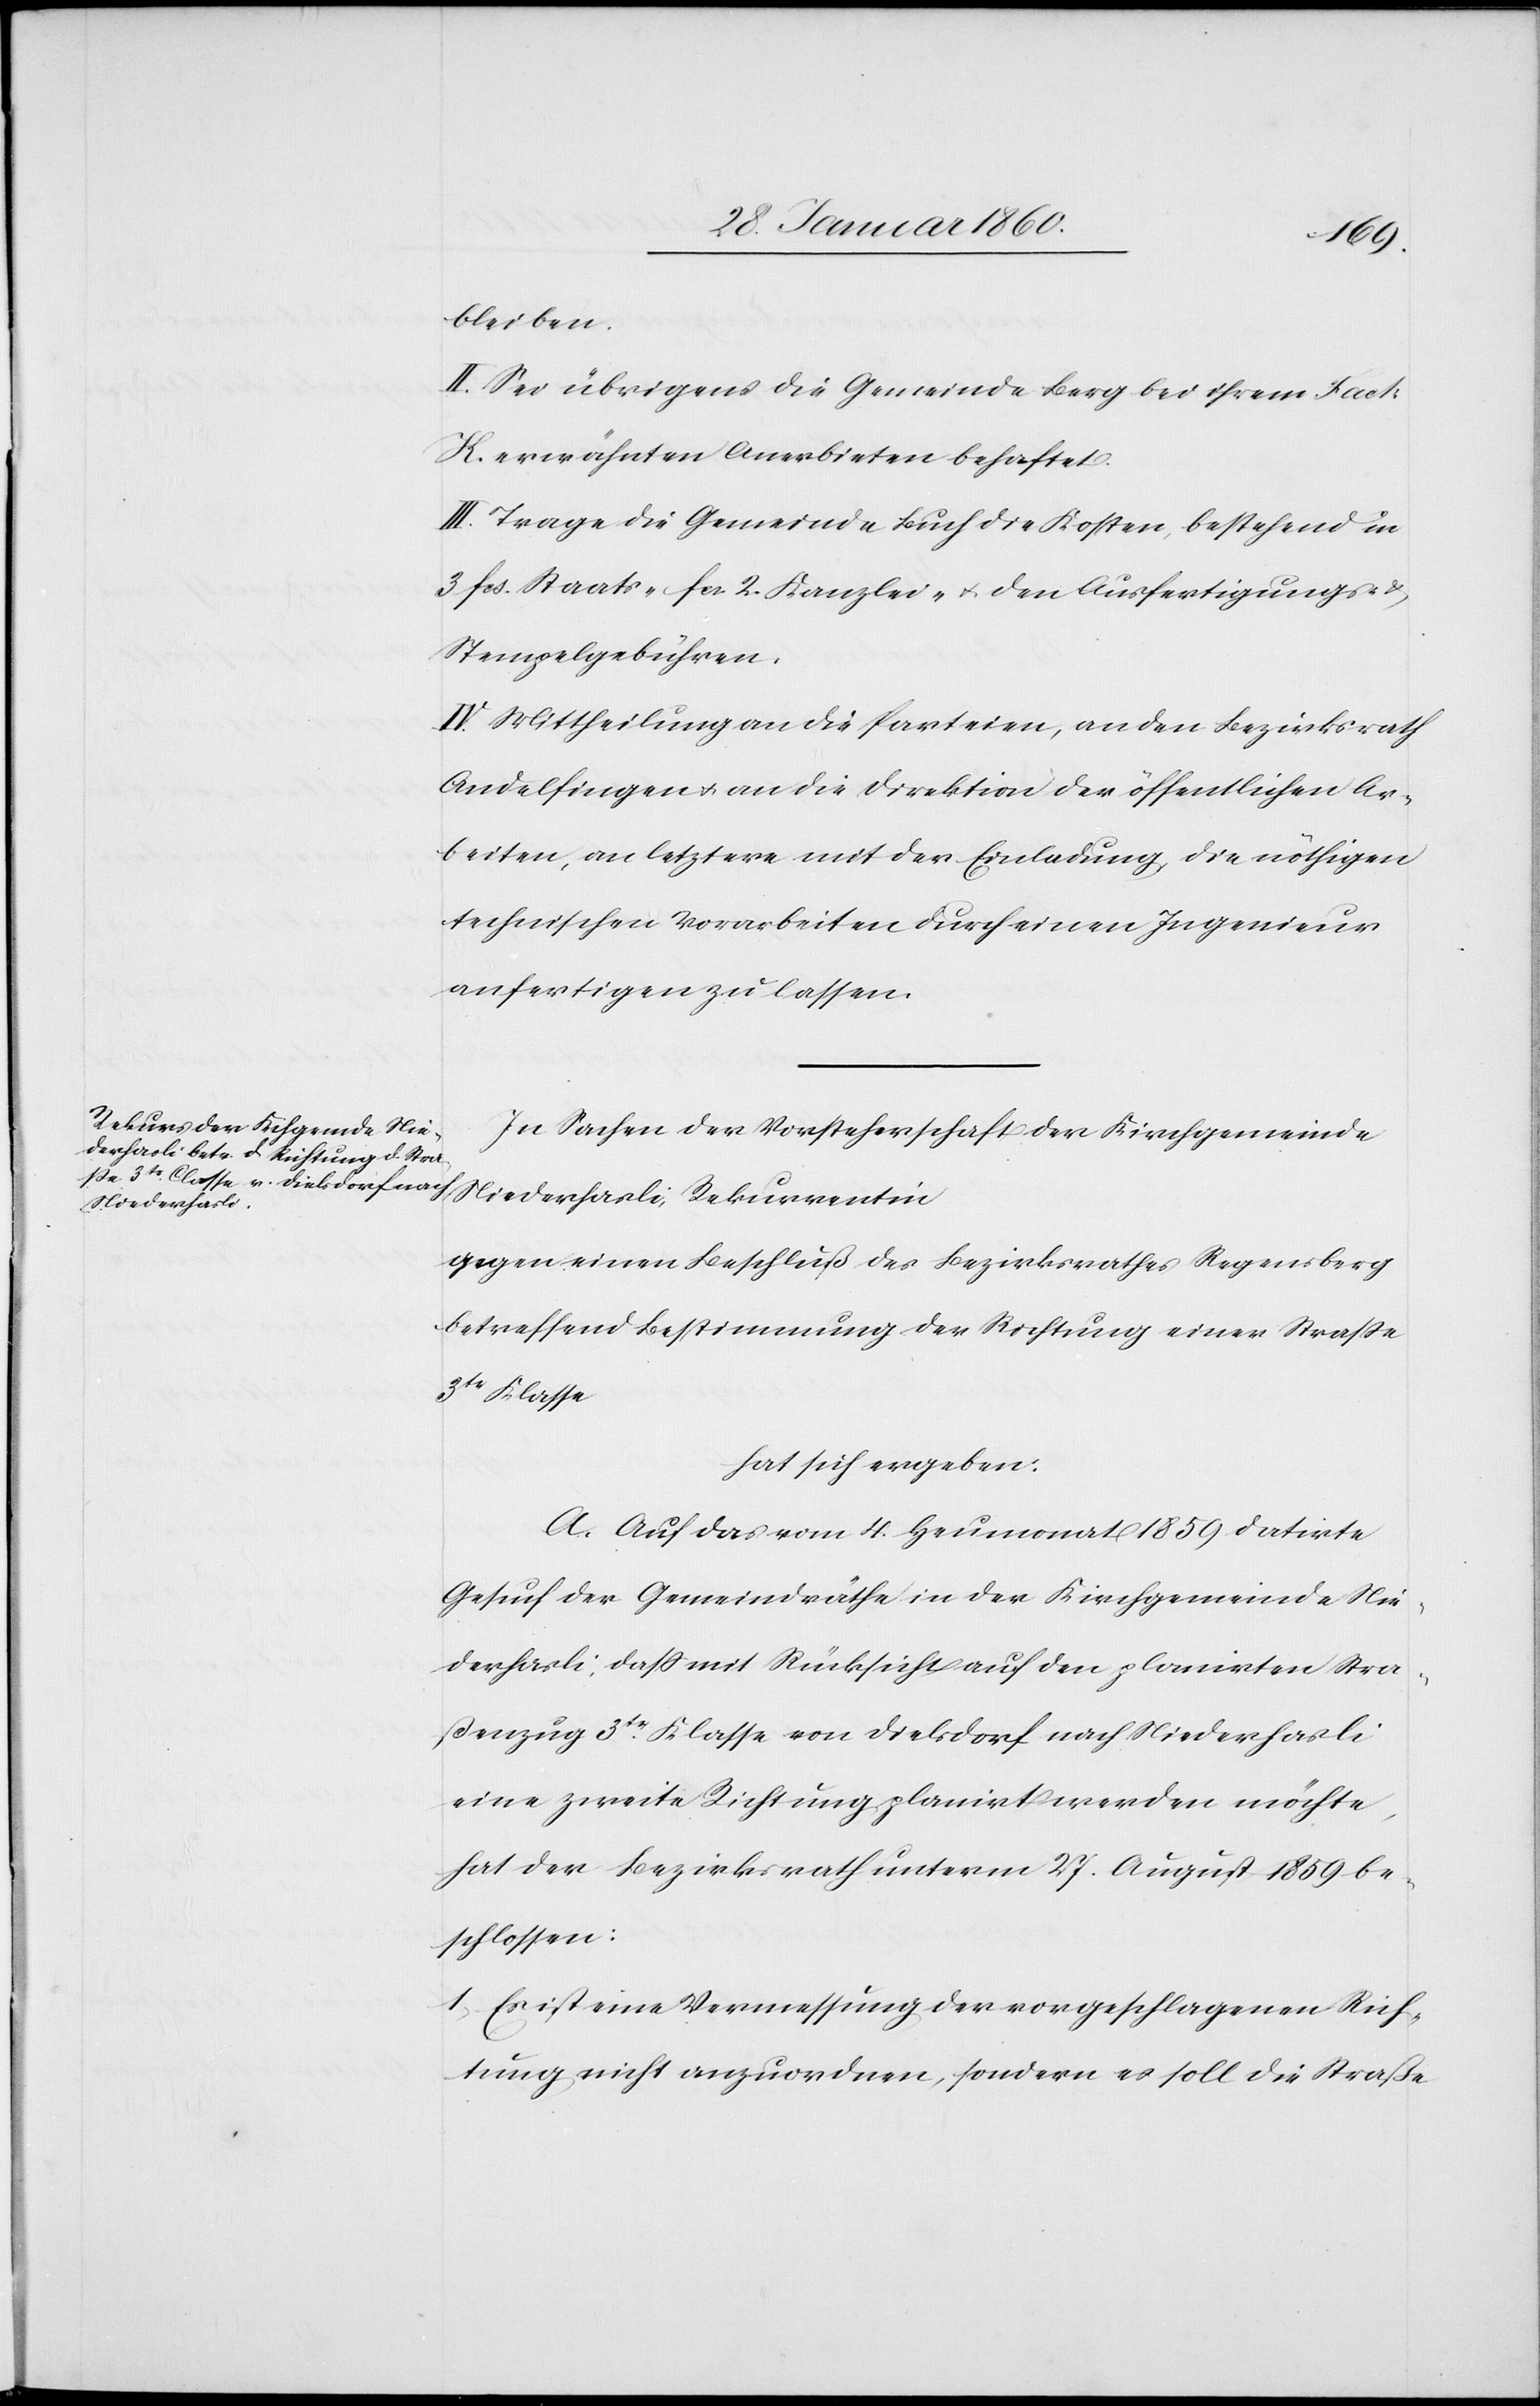
bleiben.
II: Sei übrigens die Gemeinde Berg bei ihrem Fact:
K. erwähnten Anerbieten behaftet.
III. Trage die Gemeinde Buch die Kosten bestehend in
3. fcs. Staats- fcs. 2. Kanzlei- u. den Ausfertigungs- u.
Stempelgebühren.
IV. Mittheilung an die Parteien, an den Bezirksrath
Andelfingen u. an die Direktion der öffentlichen Ar¬
beiten, an letztere mit der Einladung, die nöthigen
technischen Vorarbeiten durch einen Ingenieur
anfertigen zu lassen.
in Sachen der Vorsteherschaft der Kirchgemeinde
Niederhasli, Rekurrentin
gegen einen Beschluß des Bezirksrathes Regensberg
betreffend Bestimmung der Richtung einer Strasse
3tr Klasse
hat sich ergeben:
A. Auf das vom 4. Heumonat 1859 datirte
Gesuch der Gemeindräthe in der Kirchgemeinde Nie¬
derhasli: dass mit Rücksicht auf den planirten Stra¬
ssenzug 3tr Klasse von Dielsdorf nach Niederhasli
eine zweite Richtung planirt werden möchte,
hat der Bezirksrath unterm 27. August 1859 be¬
schlossen:
1. Es ist eine Vermessung der vorgeschlagenen Rich¬
tung nicht anzuordnen, sondern es soll die Straße